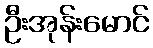
ဦးအုန်းမောင်